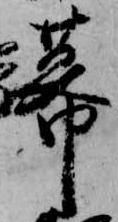
幕